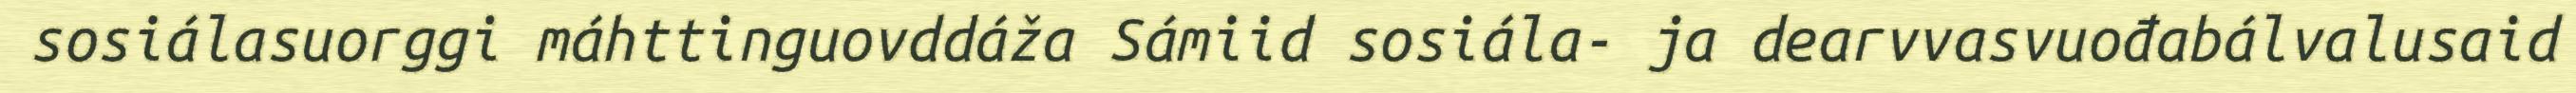
sosiálasuorggi máhttinguovddáža Sámiid sosiála- ja dearvvasvuođabálvalusaid